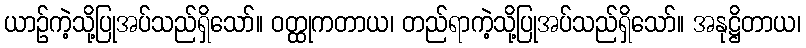
ယာဉ်ကဲ့သို့ပြုအပ်သည်ရှိသော်။ ဝတ္ထုကတာယ၊ တည်ရာကဲ့သို့ပြုအပ်သည်ရှိသော်။ အနုဋ္ဌိတာယ၊